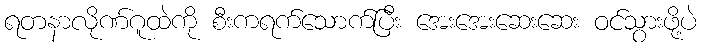
ရတနာလိုဏ်ဂူထဲကို စီးကရက်သောက်ပြီး အေးအေးဆေးဆေး ဝင်သွားဖို့ပဲ